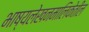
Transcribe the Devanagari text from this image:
भाष्यलेखनमालिकेतील